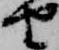
由